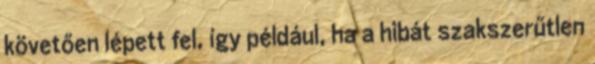
követően lépett fel, így például, ha a hibát szakszerűtlen